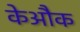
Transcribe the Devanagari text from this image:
केऔक